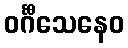
ဝင်္ဂီသေနေဝ